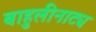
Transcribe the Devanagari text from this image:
बाहुलीनाट्य